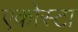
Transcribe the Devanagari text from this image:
एकोस्टा